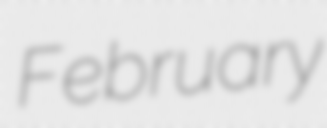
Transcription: February